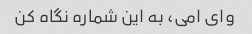
وای امی، به این شماره نگاه کن